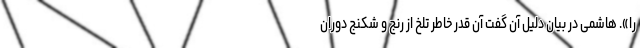
را». هاشمی در بیان دلیل آن گفت آن قدر خاطر تلخ از رنج و شکنجِ دوران